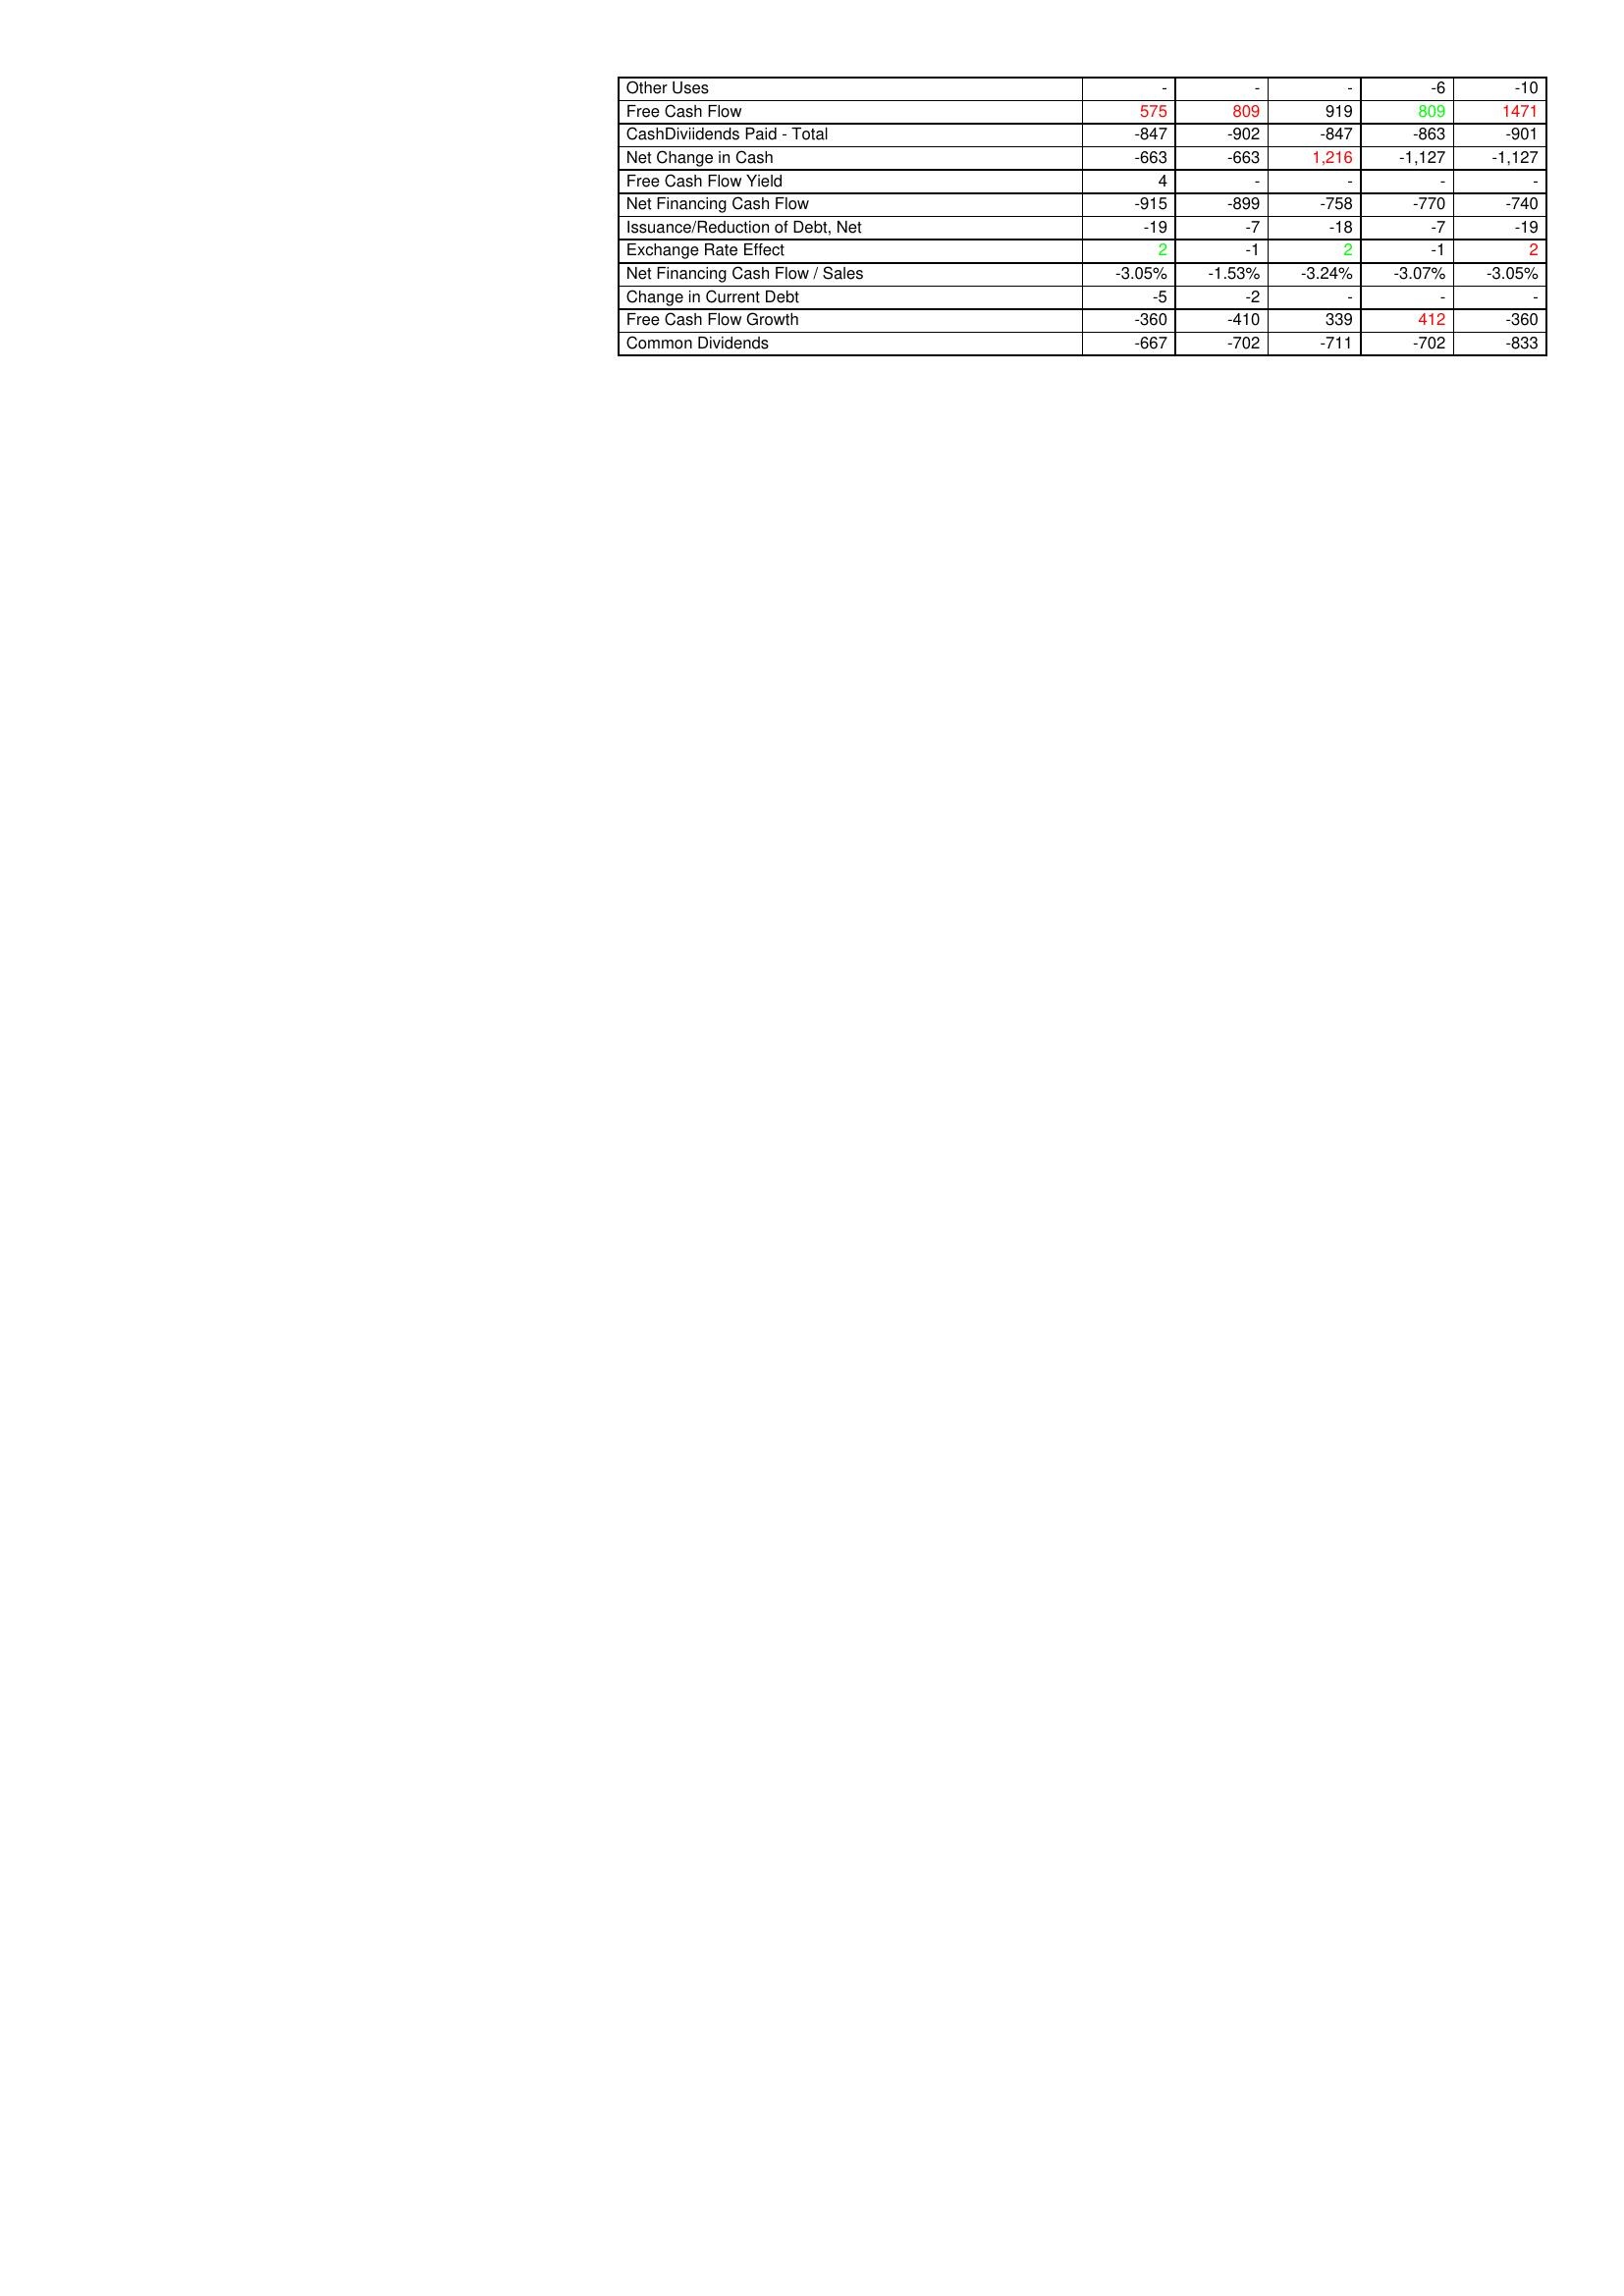
gt_parse: 2003: Financing Activities: Other Uses: -
Free Cash Flow: 575
CashDiviidends Paid - Total: -847
Net Change in Cash: -663
Free Cash Flow Yield: 4
Net Financing Cash Flow: -915
Issuance/Reduction of Debt, Net: -19
Exchange Rate Effect: 2
Net Financing Cash Flow / Sales: -3.05%
Change in Current Debt: -5
Free Cash Flow Growth: -360
Common Dividends: -667
2004: Financing Activities: Other Uses: -
Free Cash Flow: 809
CashDiviidends Paid - Total: -902
Net Change in Cash: -663
Free Cash Flow Yield: -
Net Financing Cash Flow: -899
Issuance/Reduction of Debt, Net: -7
Exchange Rate Effect: -1
Net Financing Cash Flow / Sales: -1.53%
Change in Current Debt: -2
Free Cash Flow Growth: -410
Common Dividends: -702
2005: Financing Activities: Other Uses: -
Free Cash Flow: 919
CashDiviidends Paid - Total: -847
Net Change in Cash: 1,216
Free Cash Flow Yield: -
Net Financing Cash Flow: -758
Issuance/Reduction of Debt, Net: -18
Exchange Rate Effect: 2
Net Financing Cash Flow / Sales: -3.24%
Change in Current Debt: -
Free Cash Flow Growth: 339
Common Dividends: -711
2006: Financing Activities: Other Uses: -6
Free Cash Flow: 809
CashDiviidends Paid - Total: -863
Net Change in Cash: -1,127
Free Cash Flow Yield: -
Net Financing Cash Flow: -770
Issuance/Reduction of Debt, Net: -7
Exchange Rate Effect: -1
Net Financing Cash Flow / Sales: -3.07%
Change in Current Debt: -
Free Cash Flow Growth: 412
Common Dividends: -702
2007: Financing Activities: Other Uses: -10
Free Cash Flow: 1471
CashDiviidends Paid - Total: -901
Net Change in Cash: -1,127
Free Cash Flow Yield: -
Net Financing Cash Flow: -740
Issuance/Reduction of Debt, Net: -19
Exchange Rate Effect: 2
Net Financing Cash Flow / Sales: -3.05%
Change in Current Debt: -
Free Cash Flow Growth: -360
Common Dividends: -833